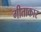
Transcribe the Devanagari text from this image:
गीताकार